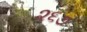
૨૬૭